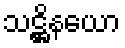
သဋ္ဌိနယော